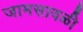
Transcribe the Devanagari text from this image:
जामसावळी